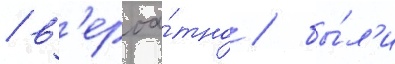
/ в'ероа́тно / бы́л'и